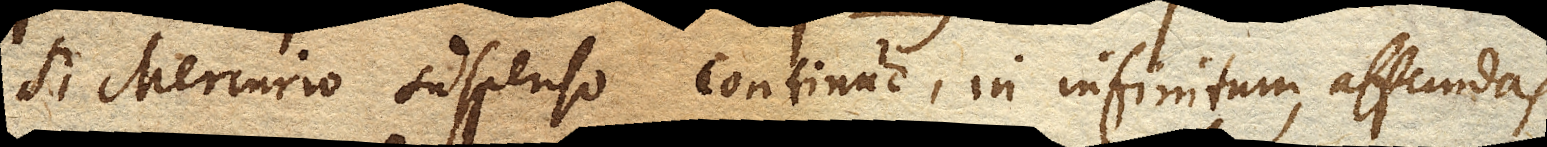
si Mercurio suspenso continuo, in infinitum, affundas